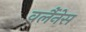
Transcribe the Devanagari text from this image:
वर्लैनेस